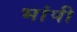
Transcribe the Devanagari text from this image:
भांपी